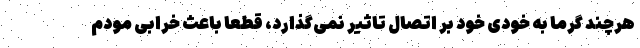
هرچند گرما به خودی خود بر اتصال تاثیر نمی‌گذارد، قطعا باعث خرابی مودم